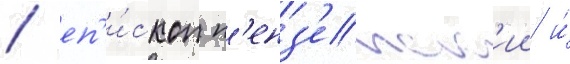
/ еп'и́скоп п'енз'енск'ии и́